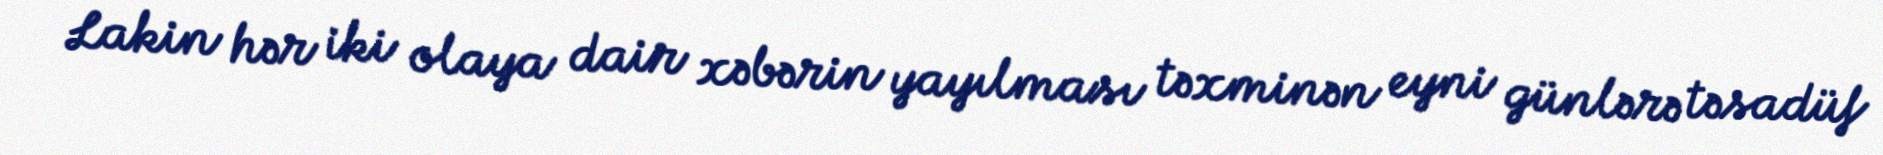
Lakin hər iki olaya dair xəbərin yayılması təxminən eyni günlərə təsadüf